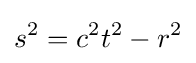
s^{2}=c^{2}t^{2}-r^{2}